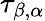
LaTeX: \tau_{\beta,\alpha}